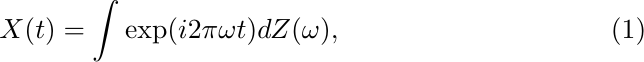
\begin{align}
    X(t) = \int \exp(i2\pi\omega t) dZ(\omega),
\end{align}